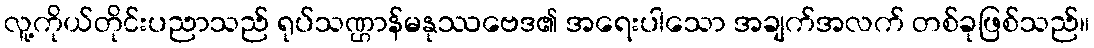
လူ့ကိုယ်တိုင်းပညာသည် ရုပ်သဏ္ဌာန်မနုဿဗေဒ၏ အရေးပါသော အချက်အလက် တစ်ခုဖြစ်သည်။